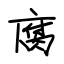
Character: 腐